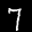
Label: 7